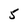
Character: 5